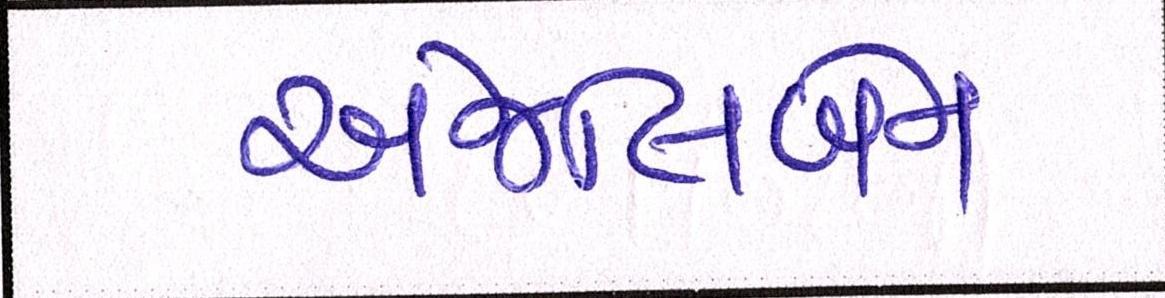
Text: અંજલિબેન